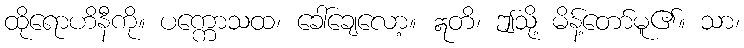
ထိုရောဟိနီကို။ ပက္ကောသထ၊ ခေါ်ချေလော့။ ဣတိ၊ ဤသို့ မိန့်တော်မူ၏။ သာ၊